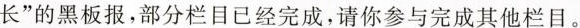
长”的黑板报，部分栏目已经完成，请你参与完成其他栏目。